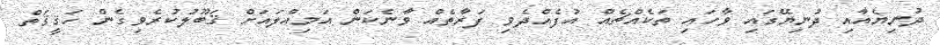
ދުނިޔެއާއި ދުނިޔޭގައި ވާހައި ތަކެއްޗެއް އުފެއްދެވި ފަރާތެއް ވާނެކަން އަމިއްލައަށް ޤަބޫލުކުރެވިގެން ހަޤީޤަތް